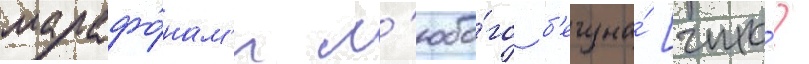
марафо́нам'и л'юбо́го б'егуна́ [что́?